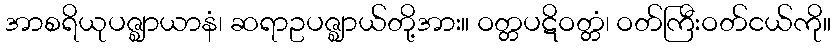
အာစရိယုပဇ္ဈာယာနံ၊ ဆရာဥပဇ္ဈာယ်တို့အား။ ဝတ္တပဋိဝတ္တံ၊ ဝတ်ကြီးဝတ်ငယ်ကို။